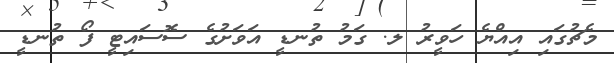
މެޗުގައި އިއްޔެ ހަވީރު ލ. ގަމު ތުނޑީ އަވަށުގެ ސޮސައިޓީ ފޯ ތުނޑީ